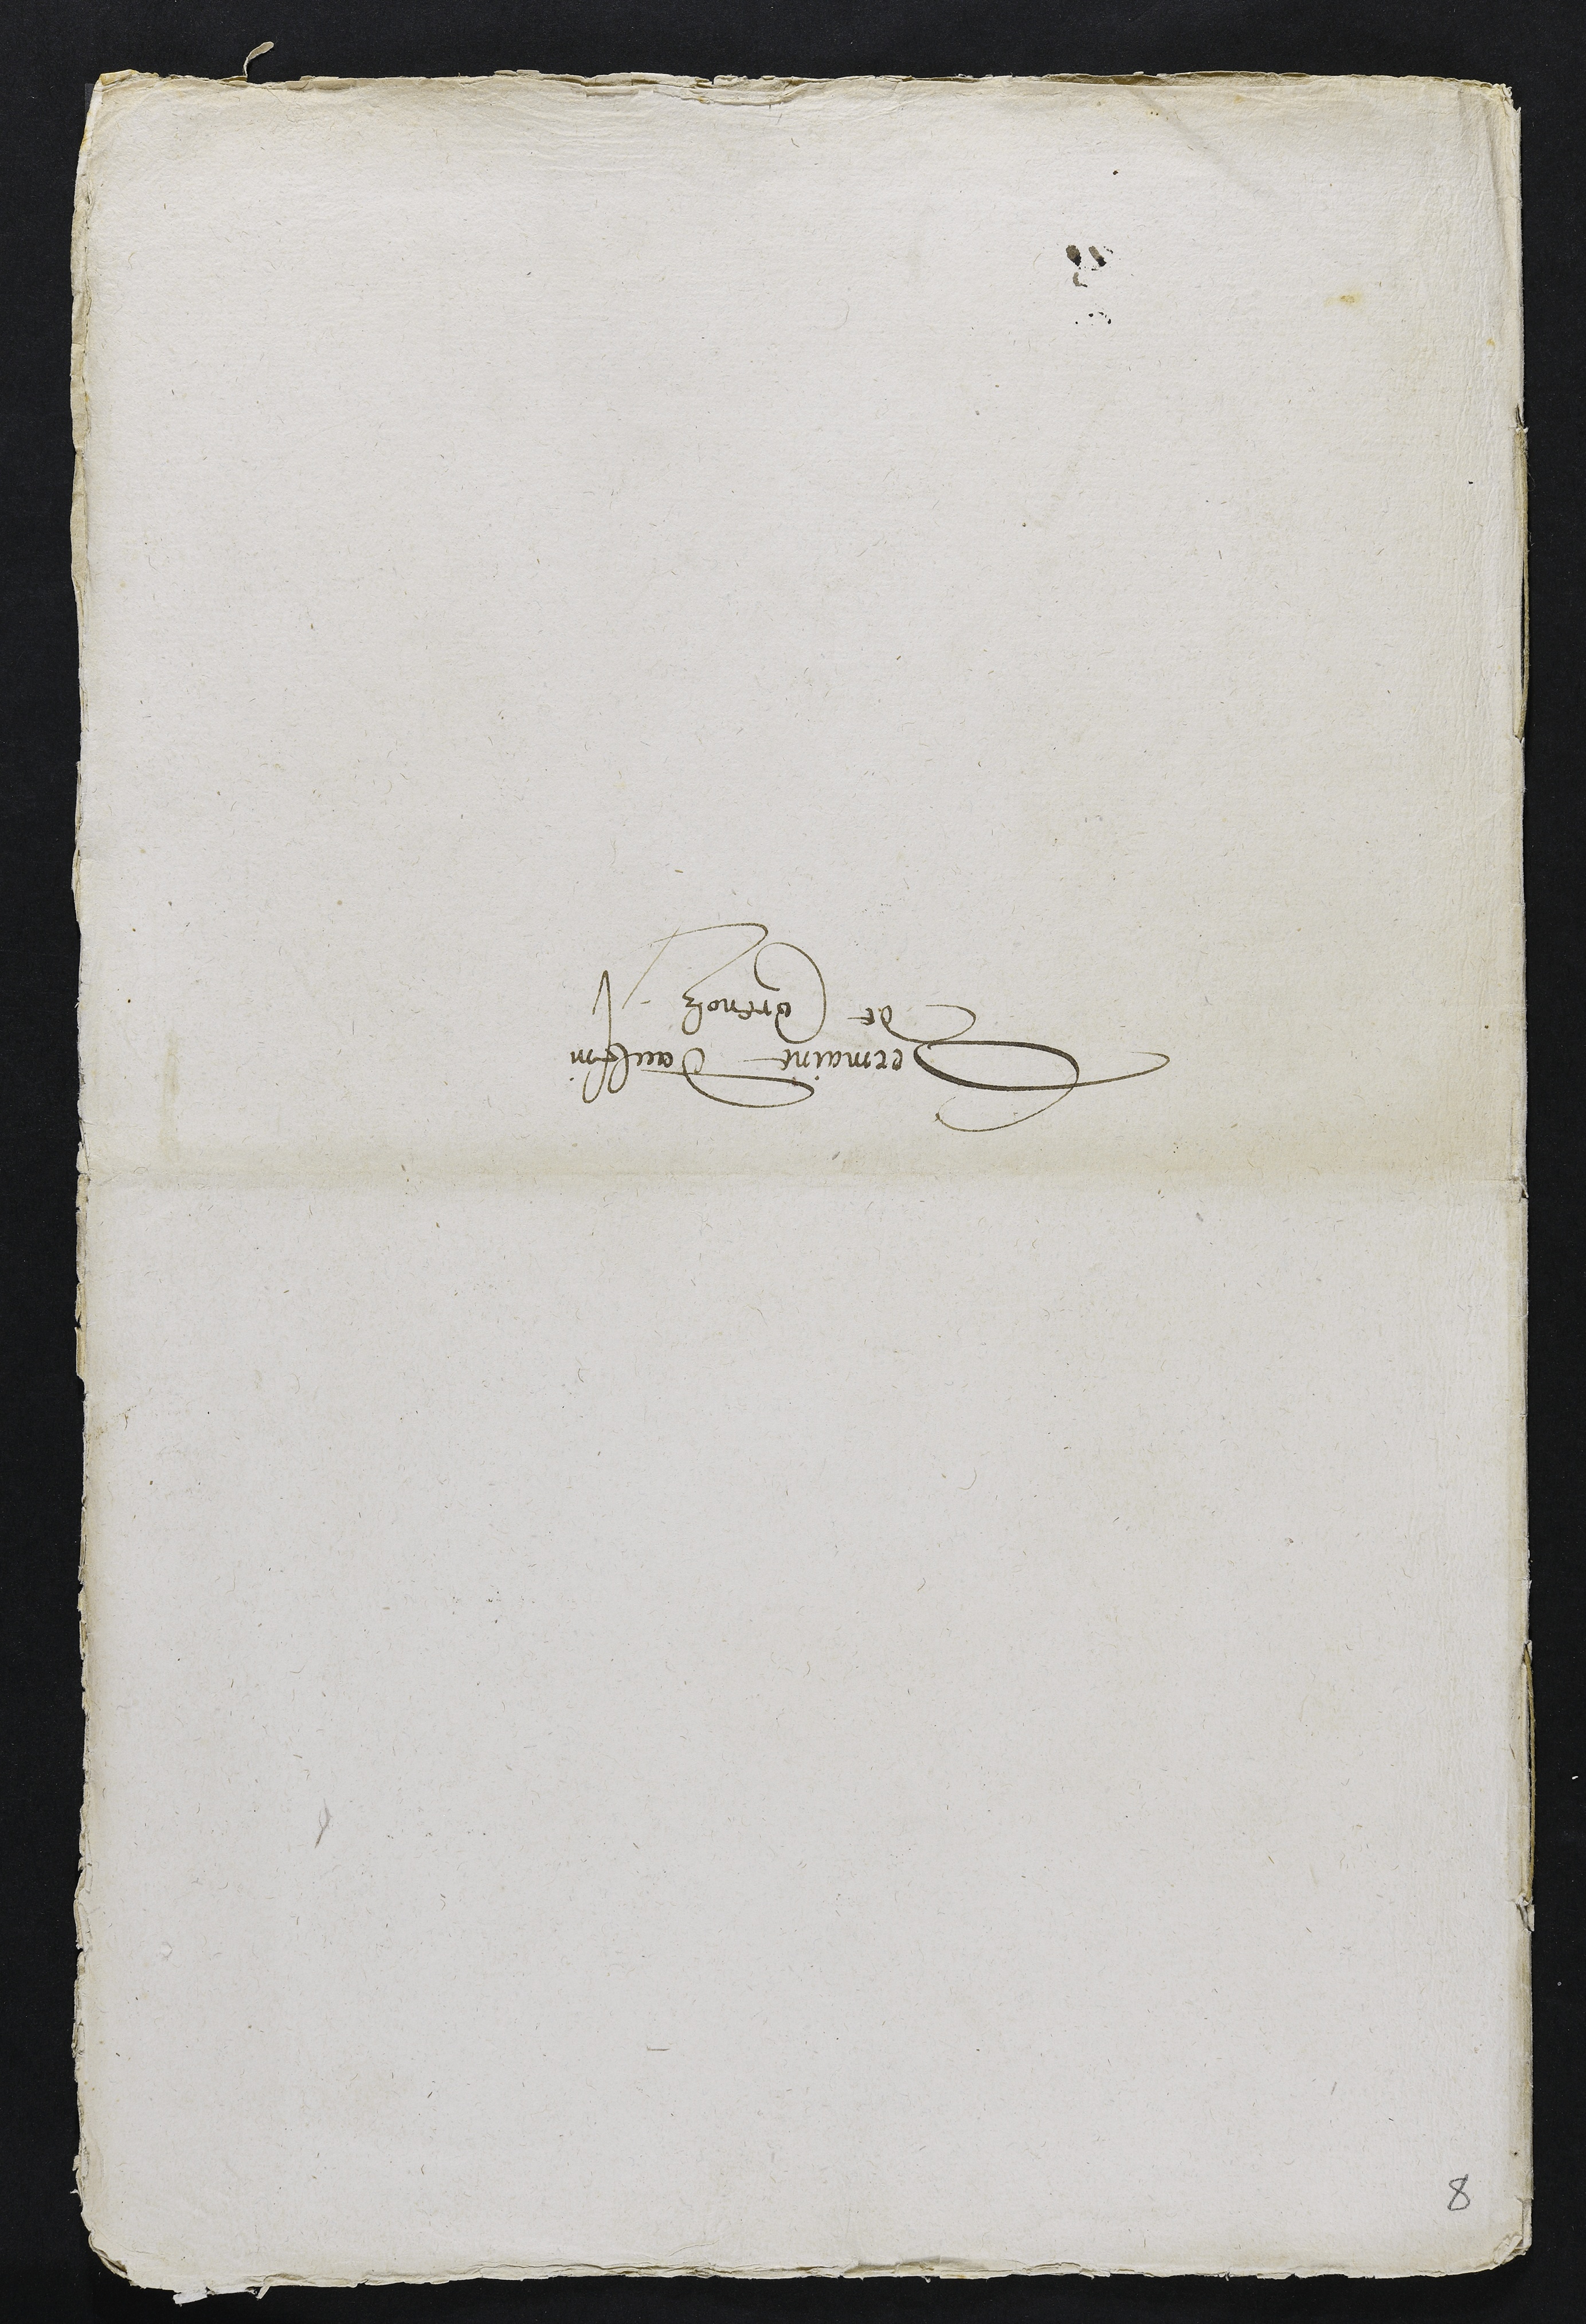
Germaine Daulfin
de Corenolz

8